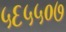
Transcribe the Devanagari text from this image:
५६५५०७